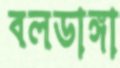
বলডাঙ্গা